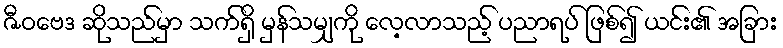
ဇီဝဗေဒ ဆိုသည်မှာ သက်ရှိ မှန်သမျှကို လေ့လာသည့် ပညာရပ် ဖြစ်၍ ယင်း၏ အခြား